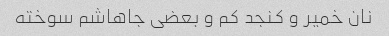
نان خمیر و کنجد کم و بعضی جاهاشم سوخته